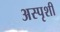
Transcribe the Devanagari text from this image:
अस्पृशी